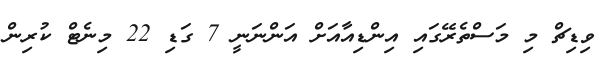
ވިޑިޗް މި މަސްތެރޭގައި އިންޑިއާއަށް އަންނަނީ 7 ގަޑި 22 މިނެޓް ކުރިން